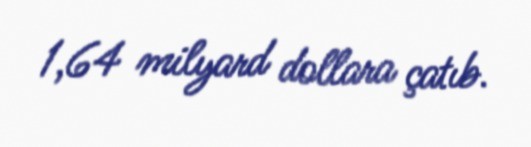
1,64 milyard dollara çatıb.